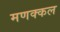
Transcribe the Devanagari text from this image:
मणक्कल